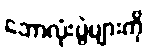
ဘောလုံးပွဲများကို